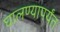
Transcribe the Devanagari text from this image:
घालण्यापर्यंत